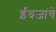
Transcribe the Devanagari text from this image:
ईंग्रजांचे